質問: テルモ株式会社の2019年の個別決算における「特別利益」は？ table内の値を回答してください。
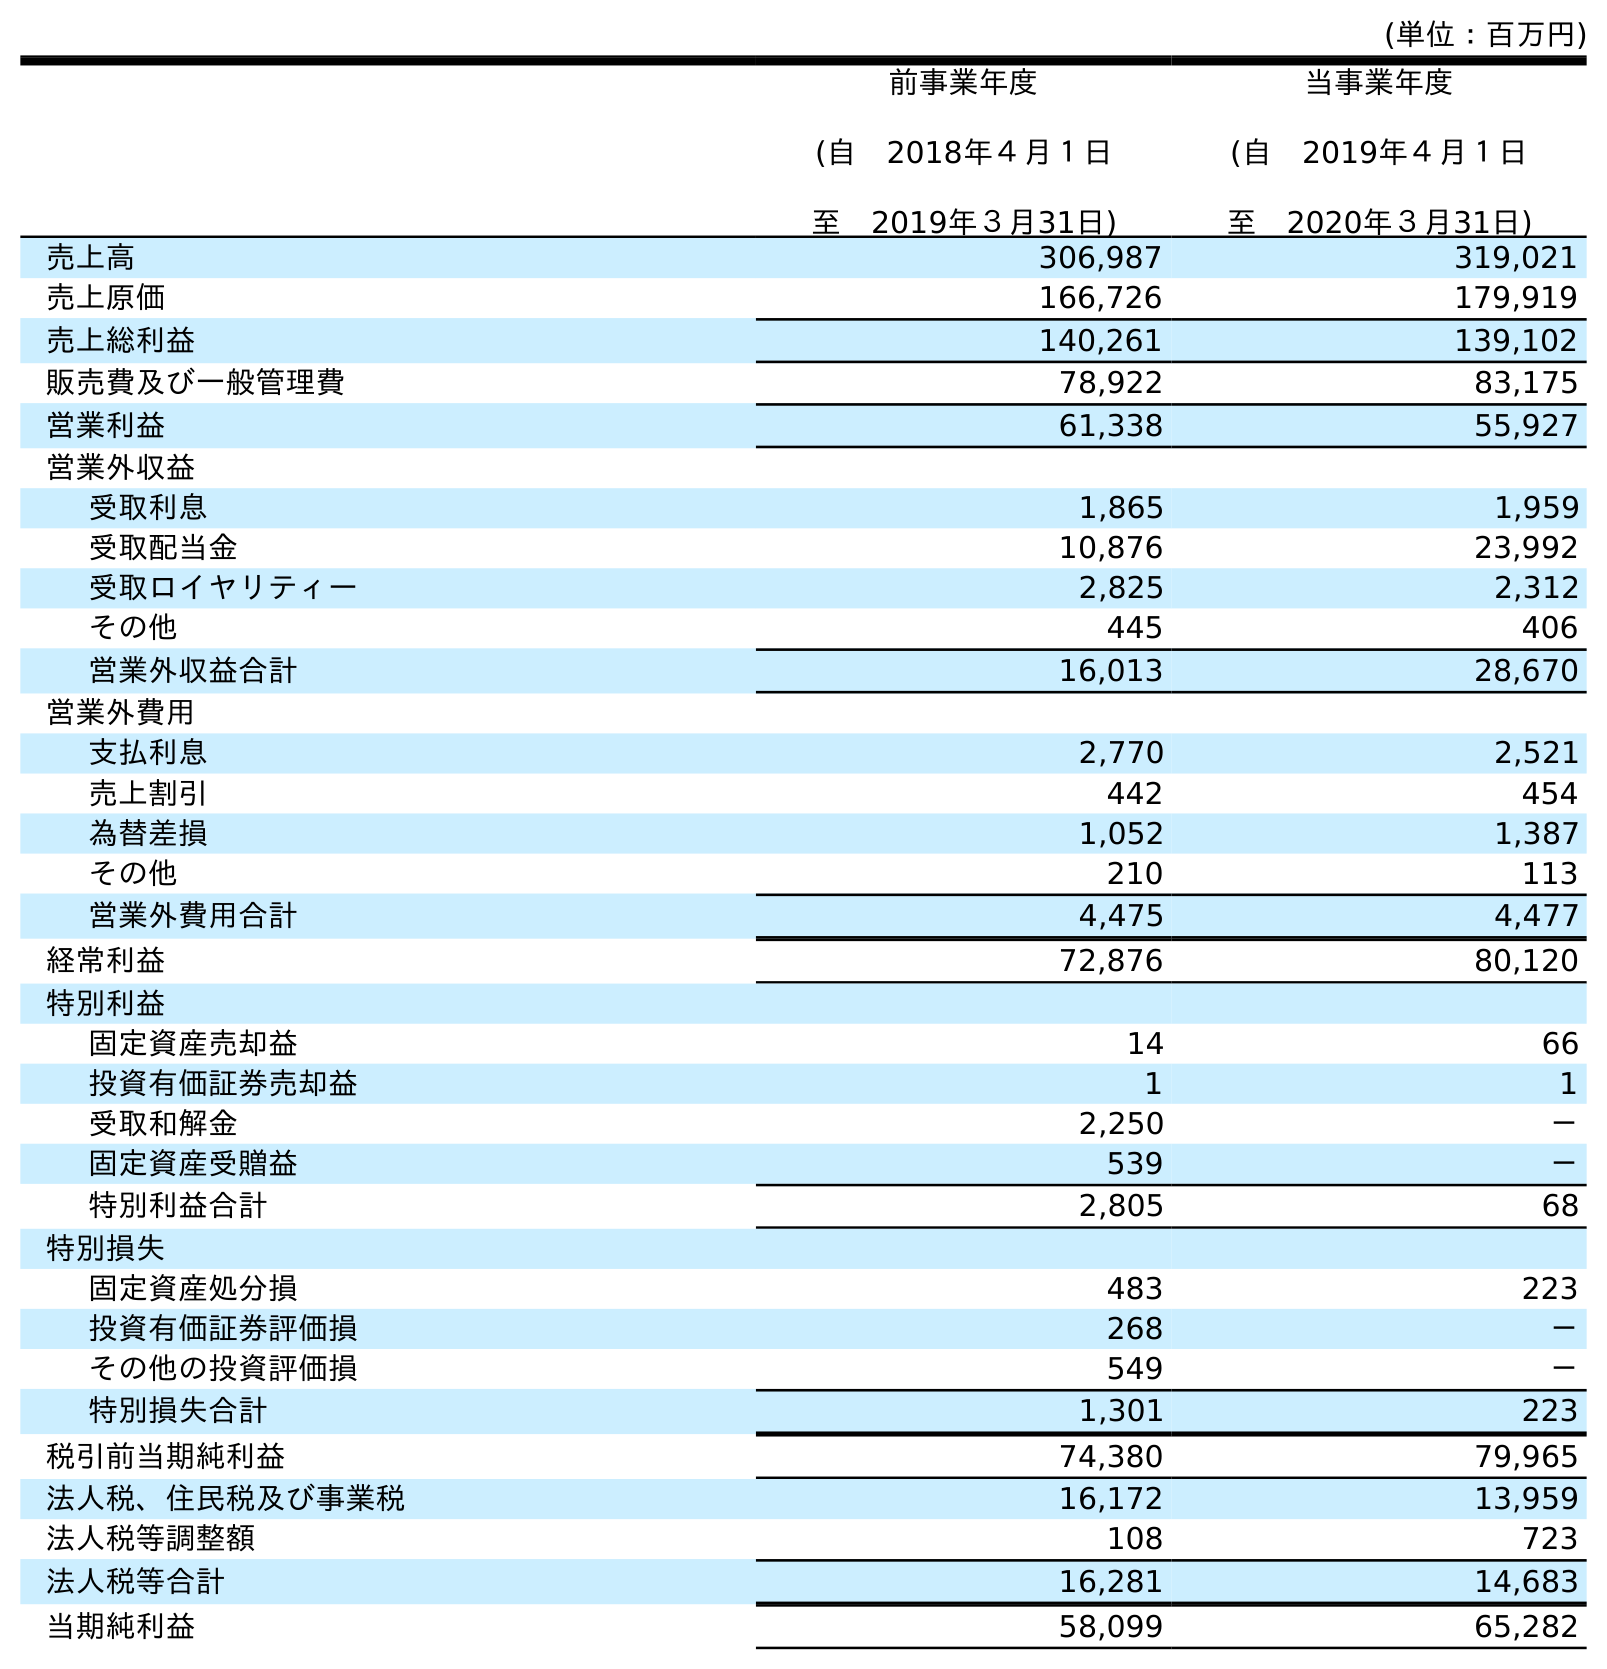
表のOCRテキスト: (単位：百万円) 前事業年度 (自 2018年４月１日 至 2019年３月31日) 当事業年度 (自 2019年４月１日 至 2020年３月31日) 売上高 306,987 319,021 売上原価 166,726 179,919 売上総利益 140,261 139,102 販売費及び一般管理費 78,922 83,175 営業利益 61,338 55,927 営業外収益 受取利息 1,865 1,959 受取配当金 10,876 23,992 受取ロイヤリティー 2,825 2,312 その他 445 406 営業外収益合計 16,013 28,670 営業外費用 支払利息 2,770 2,521 売上割引 442 454 為替差損 1,052 1,387 その他 210 113 営業外費用合計 4,475 4,477 経常利益 72,876 80,120 特別利益 固定資産売却益 14 66 投資有価証券売却益 1 1 受取和解金 2,250 － 固定資産受贈益 539 － 特別利益合計 2,805 68 特別損失 固定資産処分損 483 223 投資有価証券評価損 268 － その他の投資評価損 549 － 特別損失合計 1,301 223 税引前当期純利益 74,380 79,965 法人税、住民税及び事業税 16,172 13,959 法人税等調整額 108 723 法人税等合計 16,281 14,683 当期純利益 58,099 65,282
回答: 2,805